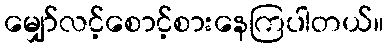
မျှော်လင့်စောင့်စားနေကြပါတယ်။